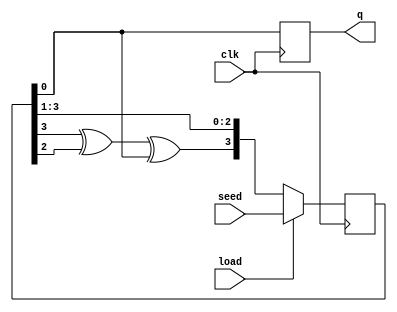
module lfsr (input clk,
             input [3:0] seed,
             input load,
             output q);

reg [3:0] status = 1;
reg feedback_bit;
reg out_bit;

assign feedback_bit = status[3] ^ status[2] ^ status[0];
assign q = out_bit;

always @ (posedge clk) begin
  if (load) begin
    status <= seed;
    out_bit <= status[0];
  end
  else begin
    out_bit <= status[0];
    status <= {feedback_bit, status[3:1]};
  end
end


endmodule